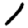
Digit: 1